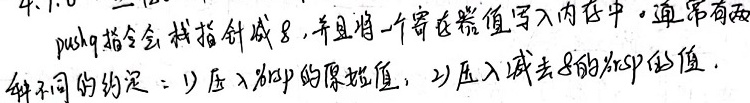
`pushq`指令会将栈指针减8，并且将一个寄存器值写入内存中。通常有两种不同的约定：1) 压入`rsp`的原始值，2) 压入减去8的`rsp`的值。